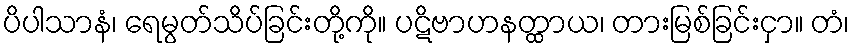
ပိပါသာနံ၊ ရေမွတ်သိပ်ခြင်းတို့ကို။ ပဋိဗာဟနတ္ထာယ၊ တားမြစ်ခြင်းငှာ။ တံ၊